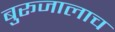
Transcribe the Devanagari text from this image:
बुरूजालाच